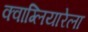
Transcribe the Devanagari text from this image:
क्वाग्लियारेला